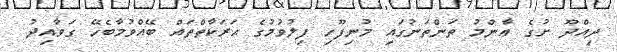
ދިއްދޫ ށުގެ ޢާންމު ތަންތަނުގައި މުނިފޫހި ފިލުވުމުގެ ޙަރަކާތްތައް ބޭއްވުމާބެހޭ ގަވާއިދު